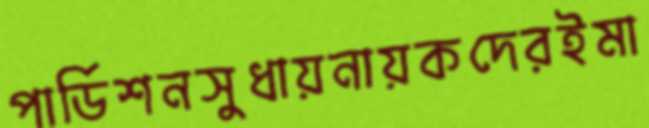
পার্ডিশনসুধায়নায়কদেরইমা